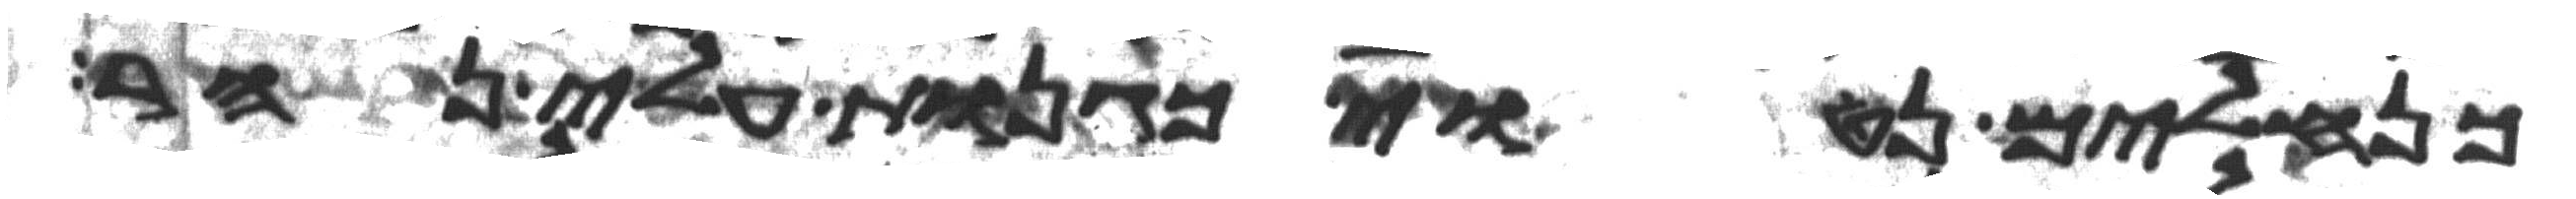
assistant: כנחלים נטוי כגנות עלי נהר